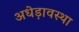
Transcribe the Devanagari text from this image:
अधेड़ावस्था